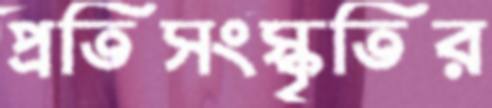
প্রতিসংস্কৃতির